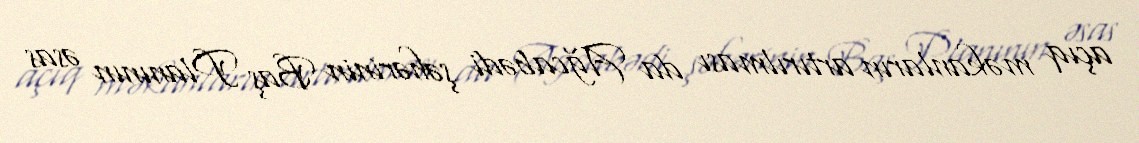
açıq məkanların artırılması da Ağcabədi şəhərinin Baş Planının əsas